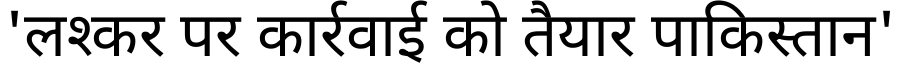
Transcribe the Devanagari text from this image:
'लश्कर पर कार्रवाई को तैयार पाकिस्तान'